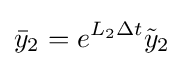
{\bar {y}}_{2}=e^{L_{2}\Delta t}{\tilde {y}}_{2}